Civil Veterinary Dept. Assam report 1927-50 - 1927-1950
Year: 1927
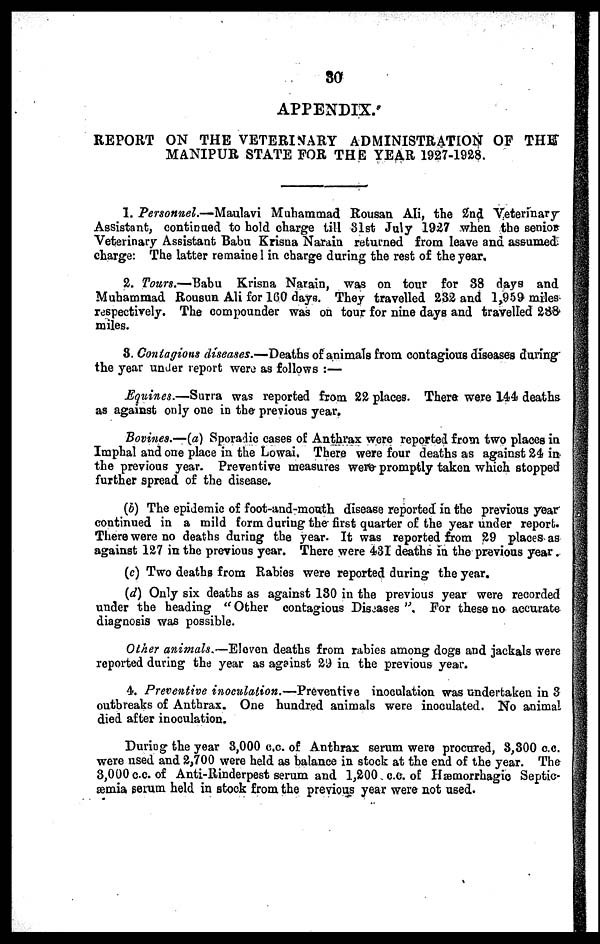
30
APPENDIX.
REPORT ON THE VETERINARY ADMINISTRATION OF
THE
MANIPUR STATE FOR THE YEAR 1927-1928.
1. Personnel.—Maulavi Muhammad Rousan Ali, the 2nd Veterinary
Assistant, continued to hold charge till 31st July 1927 when the senior
Veterinary Assistant Babu Krisna Narain returned from leave and assumed
charge: The latter remainel in charge daring the rest of the year.
2. Tours.—Babu Krisna Narain, was on tour for 38 days and
Muhammad Rousun Ali for 160 days. They travelled 232 and 1,959 miles
respectively. The compounder was on tour for nine days and travelled 288
miles.
3. Contagions diseases.—Deaths of animals from contagious diseases during"
the year under report were as follows :—
Equines.—Surra was reported from 22 places. There were 144 deaths
as against only one in the previous year.
Bovines.—(a) Sporadic cases of Anthrax were reported from two places in
Imphaland one place in the Lowai.There were four deaths as against 24 in
the previous year. Preventive measures were promptly taken which stopped
further spread of the disease.
(b) The epidemic of foot-and-mouth disease reported in the previous year
continued in a mild form during the first quarter of the year under report.
There were no deaths during the year. It was reported from 29 places as
against 127 in the previous year. There were 431 deaths in the previous year.
(c) Two deaths from Rabies were reported during the year.
(d) Only six deaths as against 130 in the previous year were recorded
under the heading " Other contagious Diseases ". For these no accurate
diagnosis was possible.
Other animals.—Eleven deaths from rabies among dogs and jackals were
reported during the year as against 29 in the previous year.
4. Preventive inoculation.—Preventive
inoculation was undertaken in 3
outbreaks of Anthrax. One hundred animals were inoculated. No animal
died after inoculation.
During the year 3,000 c.c. of Anthrax serum were procured, 3,300 c.c.
were usedand 2,700 were held as balance in stock at the end of the year. The
3,000 c.c. of Anti-Rinderpest serum and 1,200 c.c. of Hæmorrhagic Septic-
-mia serum held in stock from the previous year were not used.